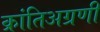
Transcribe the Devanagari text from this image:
क्रांतिअग्रणी